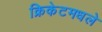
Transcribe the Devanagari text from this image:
क्रिकेटमधले